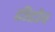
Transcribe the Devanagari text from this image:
टीटोव